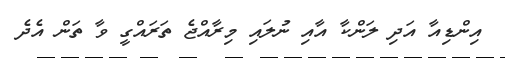
އިންޑިއާ އަދި ލަންކާ އާއި ނުލައި މިރާއްޖެ ތަރައްގީ ވާ ތަން އެދެ